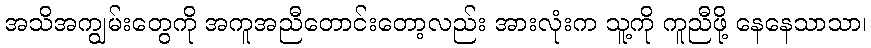
အသိအကျွမ်းတွေကို အကူအညီတောင်းတော့လည်း အားလုံးက သူ့ကို ကူညီဖို့ နေနေသာသာ၊